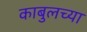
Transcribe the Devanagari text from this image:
काबुलच्या